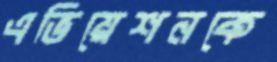
এভিয়েশনকে